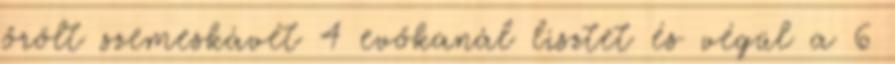
őrölt szemeskávét 4 evőkanál lisztet és végül a 6